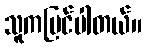
သူကမြင်ပါတယ်။